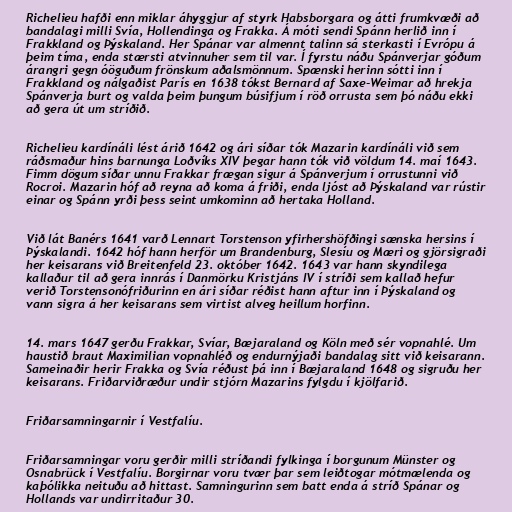
Richelieu hafði enn miklar áhyggjur af styrk Habsborgara og átti frumkvæði að
bandalagi milli Svía, Hollendinga og Frakka. Á móti sendi Spánn herlið inn í
Frakkland og Þýskaland. Her Spánar var almennt talinn sá sterkasti í Evrópu á
þeim tíma, enda stærsti atvinnuher sem til var. Í fyrstu náðu Spánverjar góðum
árangri gegn óöguðum frönskum aðalsmönnum. Spænski herinn sótti inn í
Frakkland og nálgaðist París en 1638 tókst Bernard af Saxe-Weimar að hrekja
Spánverja burt og valda þeim þungum búsifjum í röð orrusta sem þó náðu ekki
að gera út um stríðið.

Richelieu kardínáli lést árið 1642 og ári síðar tók Mazarin kardínáli við sem
ráðsmaður hins barnunga Loðvíks XIV þegar hann tók við völdum 14. maí 1643.
Fimm dögum síðar unnu Frakkar frægan sigur á Spánverjum í orrustunni við
Rocroi. Mazarin hóf að reyna að koma á friði, enda ljóst að Þýskaland var rústir
einar og Spánn yrði þess seint umkominn að hertaka Holland.

Við lát Banérs 1641 varð Lennart Torstenson yfirhershöfðingi sænska hersins í
Þýskalandi. 1642 hóf hann herför um Brandenburg, Slesíu og Mæri og gjörsigraði
her keisarans við Breitenfeld 23. október 1642. 1643 var hann skyndilega
kallaður til að gera innrás í Danmörku Kristjáns IV í stríði sem kallað hefur
verið Torstensonófriðurinn en ári síðar réðist hann aftur inn í Þýskaland og
vann sigra á her keisarans sem virtist alveg heillum horfinn.

14. mars 1647 gerðu Frakkar, Svíar, Bæjaraland og Köln með sér vopnahlé. Um
haustið braut Maximilian vopnahléð og endurnýjaði bandalag sitt við keisarann.
Sameinaðir herir Frakka og Svía réðust þá inn í Bæjaraland 1648 og sigruðu her
keisarans. Friðarviðræður undir stjórn Mazarins fylgdu í kjölfarið.

Friðarsamningarnir í Vestfalíu.

Friðarsamningar voru gerðir milli stríðandi fylkinga í borgunum Münster og
Osnabrück í Vestfalíu. Borgirnar voru tvær þar sem leiðtogar mótmælenda og
kaþólikka neituðu að hittast. Samningurinn sem batt enda á stríð Spánar og
Hollands var undirritaður 30.